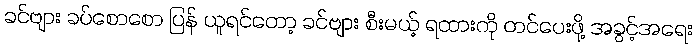
ခင်ဗျား ခပ်စောစော ပြန် ယူရင်တော့ ခင်ဗျား စီးမယ့် ရထားကို တင်ပေးဖို့ အခွင့်အရေး